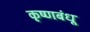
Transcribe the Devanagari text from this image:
कृष्णबंधू